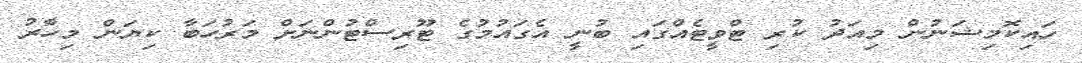
ހައިކޮމިޝަނުން މިއަދު ކުރި ޓްވީޓެއްގައި ބުނީ އެގައުމުގެ ޓޫރިސްޓުންނަށް މަރުހަބާ ކިޔަން މިހާރު